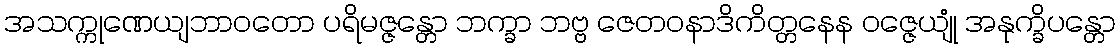
အသက္ကုဏေယျဘာဝတော ပရိမဇ္ဇန္တော ဘက္ခာ ဘဗ္ဗ ဇေတဝနာဒိကိတ္တနေန ဝဇ္ဇေယျုံ အနုက္ခိပန္တော